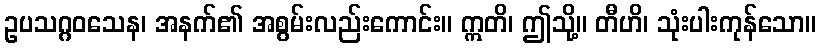
ဥပသဂ္ဂဝသေန၊ အနက်၏ အစွမ်းလည်းကောင်း။ ဣတိ၊ ဤသို့။ တီဟိ၊ သုံးပါးကုန်သော။